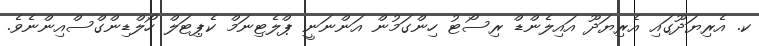
ކ. އެރިޔަދޫގައި އެރިޔަދޫ އައިލެންޑް ރިސޯޓު ހިންގަމުން އަންނަނީ ޕްލެޓިނަމް ކެޕިޓަލް ހޯލްޑިންގްސްއިންނެވެ.